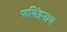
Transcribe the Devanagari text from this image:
फणिंद्रनाथ